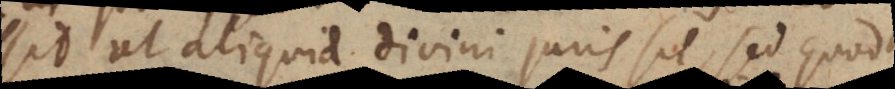
possit ut aliquid divini juris sit, sed quod